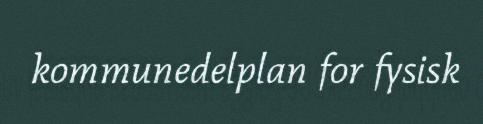
kommunedelplan for fysisk